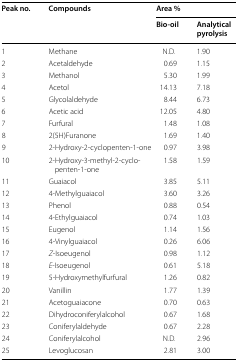
<table><thead><tr><td rowspan="2"><b>Peak no.</b></td><td rowspan="2"><b>Compounds</b></td><td colspan="2"><b>Area %</b></td></tr><tr><td><b>Bio-oil</b></td><td><b>Analytical pyrolysis</b></td></tr></thead><tbody><tr><td>1</td><td>Methane</td><td>N.D.</td><td>1.90</td></tr><tr><td>2</td><td>Acetaldehyde</td><td>0.69</td><td>1.15</td></tr><tr><td>3</td><td>Methanol</td><td>5.30</td><td>1.99</td></tr><tr><td>4</td><td>Acetol</td><td>14.13</td><td>7.18</td></tr><tr><td>5</td><td>Glycolaldehyde</td><td>8.44</td><td>6.73</td></tr><tr><td>6</td><td>Acetic acid</td><td>12.05</td><td>4.80</td></tr><tr><td>7</td><td>Furfural</td><td>1.48</td><td>1.08</td></tr><tr><td>8</td><td>2(5H)Furanone</td><td>1.69</td><td>1.40</td></tr><tr><td>9</td><td>2-Hydroxy-2-cyclopenten-1-one</td><td>0.97</td><td>3.98</td></tr><tr><td>10</td><td>2-Hydroxy-3-methyl-2-cyclopenten-1-one</td><td>1.58</td><td>1.59</td></tr><tr><td>11</td><td>Guaiacol</td><td>3.85</td><td>5.11</td></tr><tr><td>12</td><td>4-Methylguaiacol</td><td>3.60</td><td>3.26</td></tr><tr><td>13</td><td>Phenol</td><td>0.88</td><td>0.54</td></tr><tr><td>14</td><td>4-Ethylguaiacol</td><td>0.74</td><td>1.03</td></tr><tr><td>15</td><td>Eugenol</td><td>1.14</td><td>1.56</td></tr><tr><td>16</td><td>4-Vinylguaiacol</td><td>0.26</td><td>6.06</td></tr><tr><td>17</td><td><i>Z</i>-Isoeugenol</td><td>0.98</td><td>1.12</td></tr><tr><td>18</td><td><i>E</i>-Isoeugenol</td><td>0.61</td><td>5.18</td></tr><tr><td>19</td><td>5-Hydroxymethylfurfural</td><td>1.26</td><td>0.82</td></tr><tr><td>20</td><td>Vanillin</td><td>1.77</td><td>1.39</td></tr><tr><td>21</td><td>Acetoguaiacone</td><td>0.70</td><td>0.63</td></tr><tr><td>22</td><td>Dihydroconiferylalcohol</td><td>0.67</td><td>1.68</td></tr><tr><td>23</td><td>Coniferylaldehyde</td><td>0.67</td><td>2.28</td></tr><tr><td>24</td><td>Coniferylalcohol</td><td>N.D.</td><td>2.96</td></tr><tr><td>25</td><td>Levoglucosan</td><td>2.81</td><td>3.00</td></tr></tbody></table>